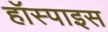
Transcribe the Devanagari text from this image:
हॉस्पाइस